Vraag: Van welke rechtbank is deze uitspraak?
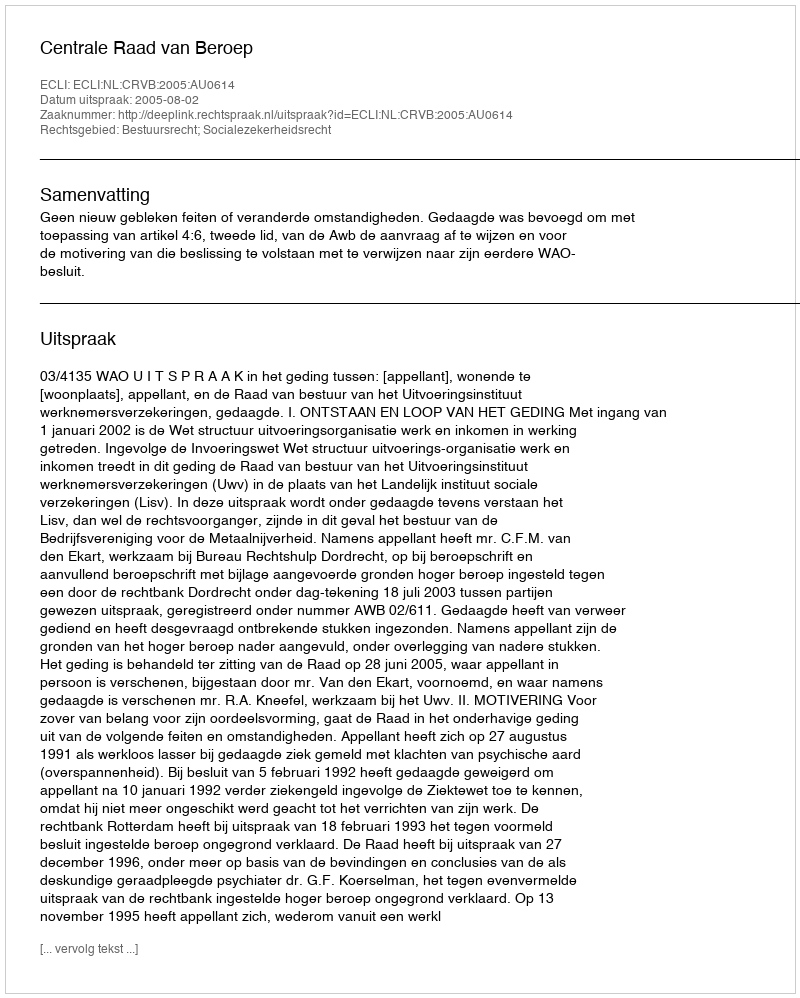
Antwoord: Centrale Raad van Beroep